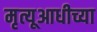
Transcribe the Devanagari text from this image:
मृत्यूआधीच्या